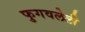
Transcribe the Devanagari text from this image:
फुगवलेली